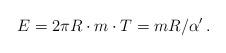
LaTeX: \begin{align*}E = 2\pi R \cdot m \cdot T = mR/\alpha' \, .\end{align*}